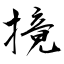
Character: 摬